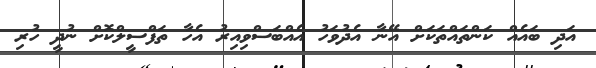
އަދި ބައެއް ކަންތައްތަކަށް އޭނާ އެދުވަހު އެއްބަސްވިއިރު އެހާ ތަފްސީލްކޮށް ނުދީ ހުރި